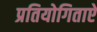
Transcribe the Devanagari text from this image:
प्रतियोगिताऐ